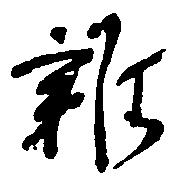
雑